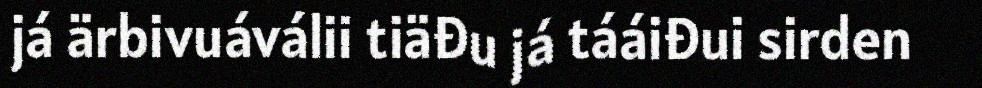
já ärbivuáválii tiäđu já tááiđui sirden